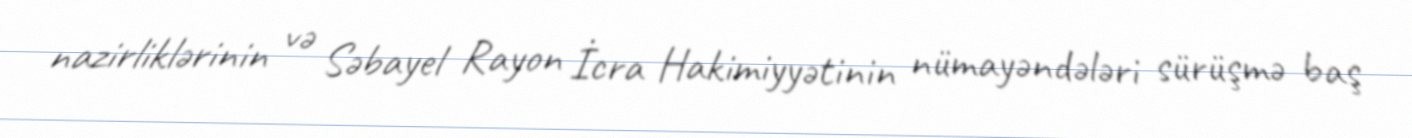
nazirliklərinin və Səbayel Rayon İcra Hakimiyyətinin nümayəndələri sürüşmə baş